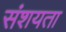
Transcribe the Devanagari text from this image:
संशयता